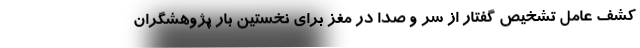
کشف عامل تشخیص گفتار از سر و صدا در مغز برای نخستین بار پژوهشگران